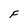
Character: F